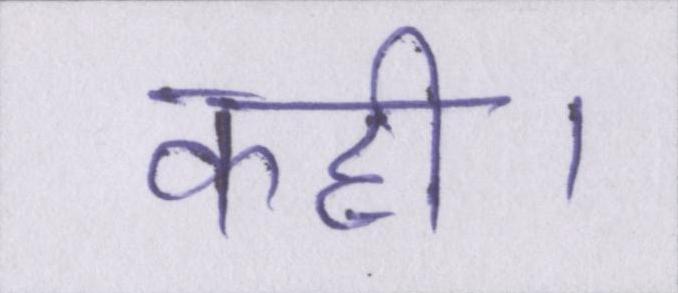
कही।